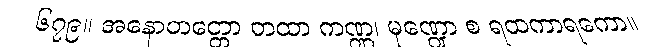
၆၇၉။ အနောတတ္တော တထာ ကဏ္ဏ၊ မုဏ္ဍော စ ရထကာရကော။